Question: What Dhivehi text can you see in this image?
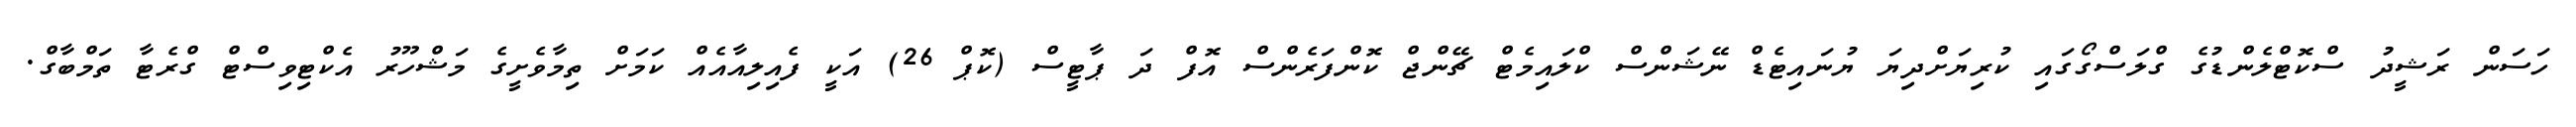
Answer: ހަސަން ރަޝީދު ސްކޮޓްލެންޑުގެ ގްލަސްގޯގައި ކުރިޔަށްދިޔަ ޔުނައިޓެޑް ނޭޝަންސް ކްލައިމެޓް ޗޭންޖް ކޮންފަރެންސް އޮފް ދަ ޕާޓީސް (ކޮޕް 26) އަކީ ފެއިލިއާއެއް ކަމަށް ތިމާވެށީގެ މަޝްހޫރު އެކްޓިވިސްޓް ގްރެޓާ ތަމްބާގް.